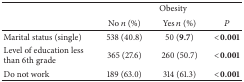
|  | <COLSPAN=3> Obesity |
 |  | No n (%) | Yes n (%) | P |
 | --- | --- | --- | --- |
 | Marital status (single) | 538 (40.8) | 50 (9.7) | <0.001 |
 | Level of education less than 6th grade | 365 (27.6) | 260 (50.7) | <0.001 |
 | Do not work | 189 (63.0) | 314 (61.3) | <0.001 |